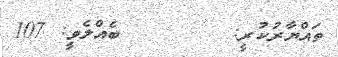
ތައްޔާރުކުރީ:        ބެއްލެވީ: 107